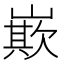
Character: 㠌